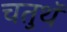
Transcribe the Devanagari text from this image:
चतुथॅ